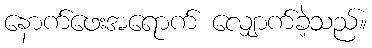
နောက်ဖေးအရောက် လျှောက်ခဲ့သည်။